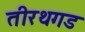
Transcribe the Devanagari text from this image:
तीरथगड